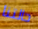
حالتنا